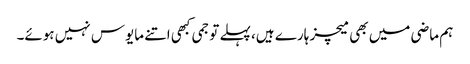
ہم ماضی میں بھی میچز ہارے ہیں، پہلے تو جمی کبھی اتنے مایوس نہیں ہوئے۔